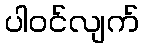
ပါဝင်လျက်